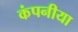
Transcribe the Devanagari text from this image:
कंपनीया